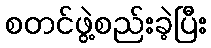
စတင်ဖွဲ့စည်းခဲ့ပြီး